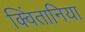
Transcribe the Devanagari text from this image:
क्विंतानिया